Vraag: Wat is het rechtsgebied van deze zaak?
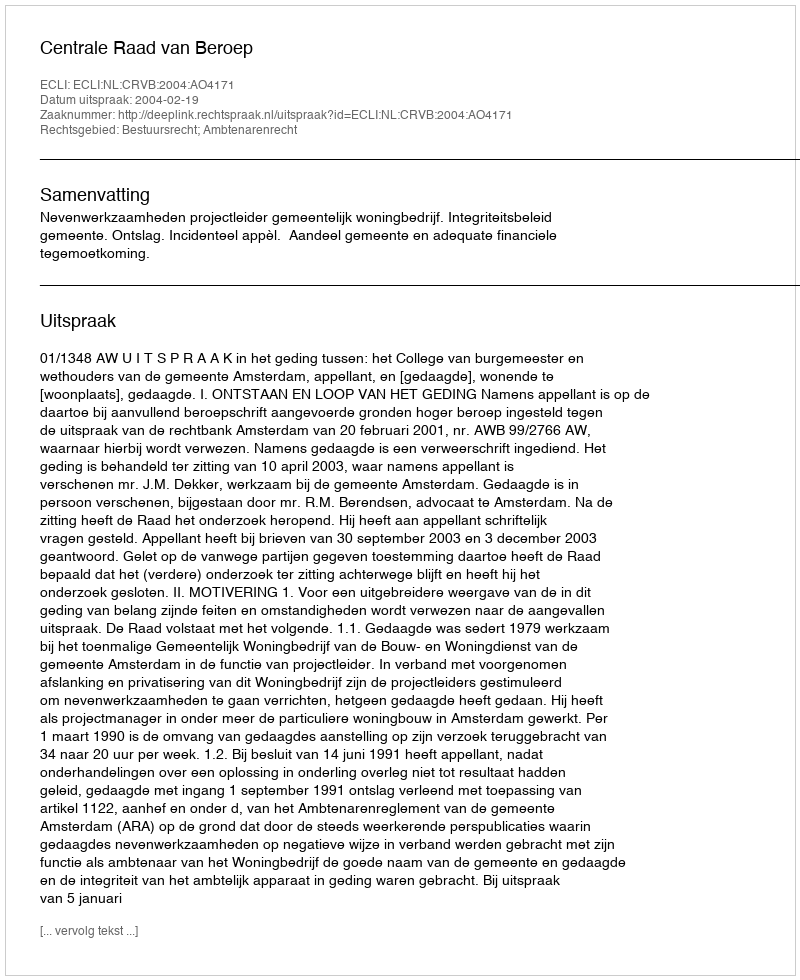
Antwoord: Bestuursrecht; Ambtenarenrecht